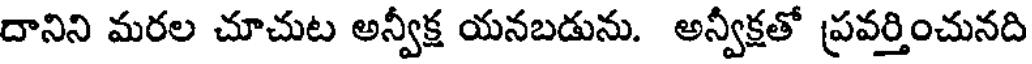
దానిని మరల చూచుట అన్వీక్ష యనబడును. అన్వీక్షతో ప్రవర్తించునది